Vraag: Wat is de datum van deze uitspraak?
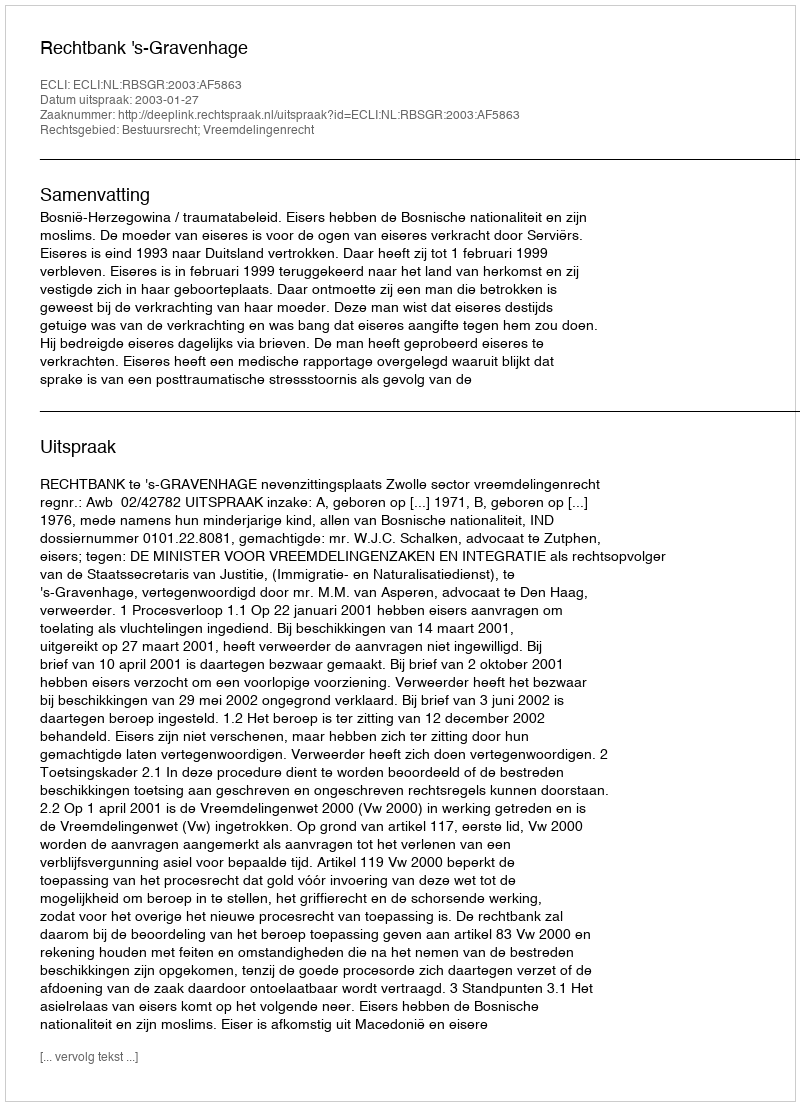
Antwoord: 2003-01-27